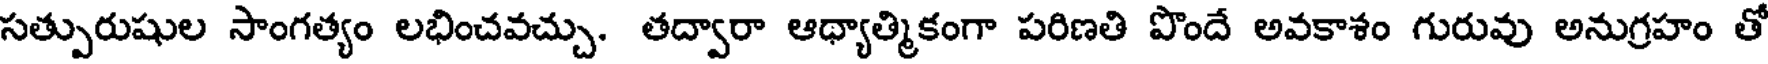
సత్పురుషుల సాంగత్యం లభించవచ్చు. తద్వారా ఆధ్యాత్మికంగా పరిణతి పొందే అవకాశం గురువు అనుగ్రహం తో